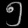
Digit: ၅